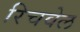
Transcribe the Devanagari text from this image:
रिचवेल